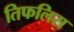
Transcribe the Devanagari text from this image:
तिफलिस